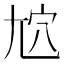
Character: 𡯜